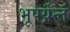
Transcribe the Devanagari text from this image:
भूपर्यन्तं